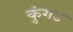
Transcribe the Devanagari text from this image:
कुंगउ